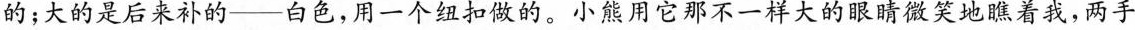
的；大的是后来补的--白色，用一个纽扣做的。小熊用它那不一样大的眼睛微笑地瞧着我，两手